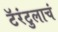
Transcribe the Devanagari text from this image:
टॅरंटुलाचं